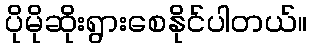
ပိုမိုဆိုးရွားစေနိုင်ပါတယ်။